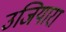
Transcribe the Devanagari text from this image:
उजियारा